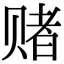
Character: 赌